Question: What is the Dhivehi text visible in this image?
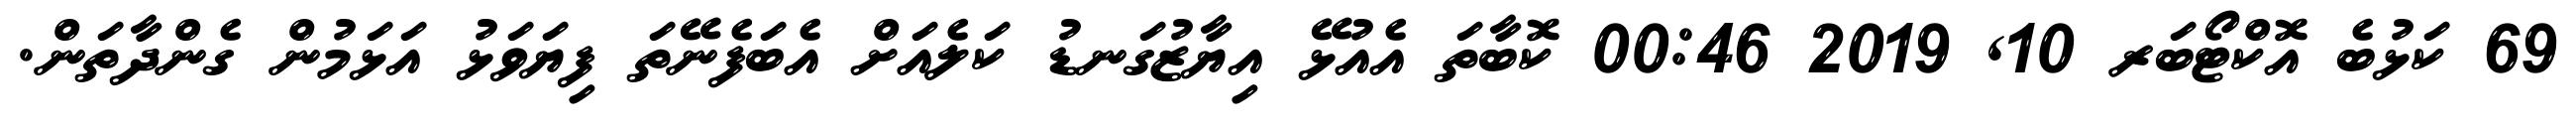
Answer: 69 ކަޅުބެ އޮކްޓޯބަރ 10, 2019 00:46 ކޮބާތަ އެއުޅޭ އިޔާޒުގަނޑު ކަލެއަށް އެބަފެނޭތަ ފިޔަވަޅު އަޅަމުން ގެންދާތަން.